Leaving Certificate Examination (including Day School Certificate (Higher) General paper), 1933
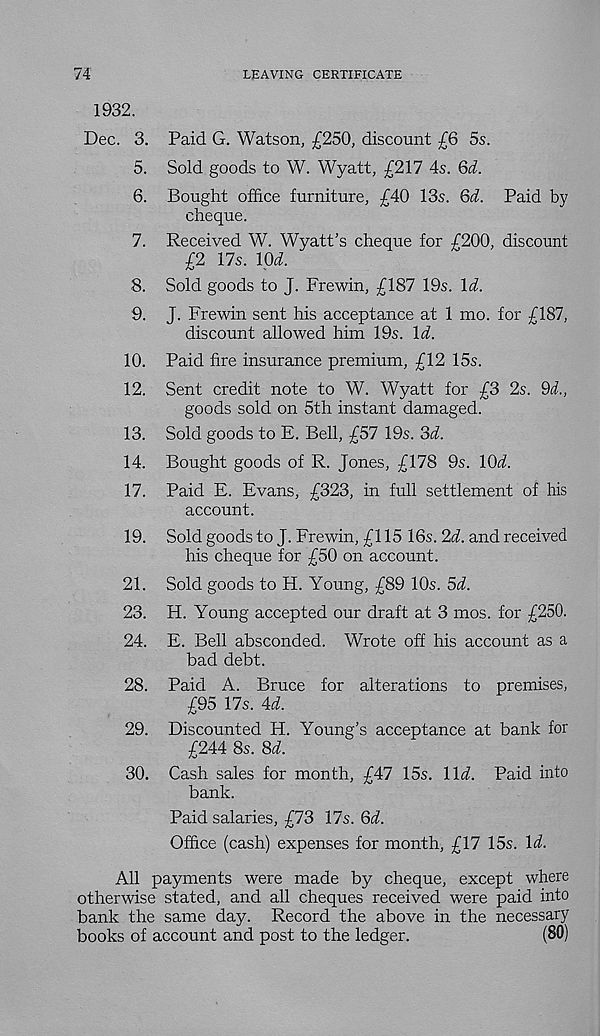
74
LEAVING CERTIFICATE
1932.
Dec. 3. Paid G. Watson, £250, discount £6 5s.
5. Sold goods to W. Wyatt, £217 4s. Qd.
6. Bought office furniture, £40 13s. Qd. Paid by
cheque.
7. Received W. Wyatt's cheque for £200, discount
£2 17s. lOJ.
8. Sold goods to J. Frewin, £187 19s. \d.
9. J. Frewin sent his acceptance at 1 mo. for £187,
discount allowed him 19s. Id.
10. Paid fire insurance premium, £12 15s.
12. Sent credit note to W. Wyatt for £3 2s. 9<1,
goods sold on 5th instant damaged.
13. Sold goods to E. Bell, £57 19s. 3d.
14. Bought goods of R. Jones, £178 9s. lOi.
17. Paid E. Evans, £323, in full settlement of his
account.
19. Sold goods to J. Frewin, £115 16s. 2d. and received
his cheque for £50 on account.
21. Sold goods to H. Young, £89 10s. 5d.
23. H. Young accepted our draft at 3 mos. for £250.
24. E. Bell absconded. Wrote off his account as a
bad debt.
28. Paid A. Bruce for alterations to premises,
£95 17s. U.
29. Discounted H. Young’s acceptance at bank for
£244 8s. 3d.
30. Cash sales for month, £47 15s. \\d. Paid into
bank.
Paid salaries, £73 17s. Qd.
Office (cash) expenses for month, £17 15s. \d.
All payments were made by cheque, except where
otherwise stated, and all cheques received were paid into
bank the same day. Record the above in the necessary
books of account and post to the ledger.
(80)